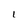
Character: 1